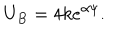
LaTeX: U _ { B } = 4 k e ^ { \alpha \psi } .